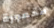
مخمورة